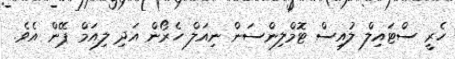
ހެރީ ސްޓައިލް ލުއިސް ޓޮމްލިންސަން ނިއަލް ހެރޯން އަދި ލިއަމް ޕޭން އެވެ.